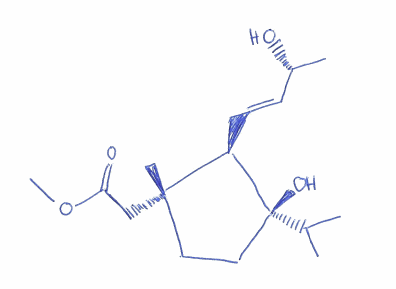
Simplified molecular-input line-entry system (SMILES) notation of the given molecule:
C[C@H](/C=C/[C@@H]1[C@@](CC[C@]1(C(C)C)O)(C)CC(=O)OC)O